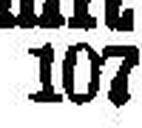
107